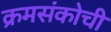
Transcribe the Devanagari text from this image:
क्रमसंकोची